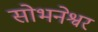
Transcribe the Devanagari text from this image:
सोभनेश्वर